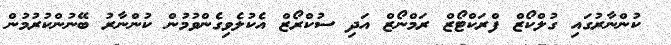
ކުންނާރުގައި ގުލްކޯޒް ފްރަކްޓޯޒް ރަމްނޯޒް އަދި ސުކްރޯޒް އެކުލެވިގެންވުމުން ކުންނާރު ބޭނުންކުރުމުން